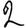
Digit: 2